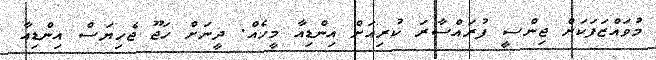
މުވައްޒަފަކަށް ޖިންސީ ފުރައްސާރަ ކުރިއަށް އިންޑިއާ މީހެއް. ދީނަށް ހަޖޫ ޖެހިޔަސް އިންޑިއާ